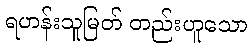
ရဟန်းသူမြတ် တည်းဟူသော